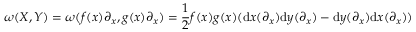
\omega ( X , Y ) = \omega ( f ( x ) \partial _ { x } , g ( x ) \partial _ { x } ) = { \frac { 1 } { 2 } } f ( x ) g ( x ) ( \mathrm { d } x ( \partial _ { x } ) \mathrm { d } y ( \partial _ { x } ) - \mathrm { d } y ( \partial _ { x } ) \mathrm { d } x ( \partial _ { x } ) )